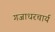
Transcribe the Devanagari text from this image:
गजाधरचार्य